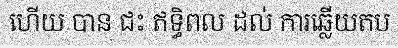
ហើយ បាន ជះ ឥទ្ធិពល ដល់ ការឆ្លើយតប